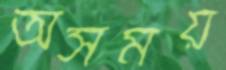
অসময়